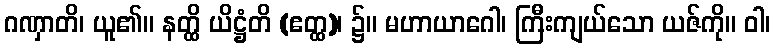
ဂဏှာတိ၊ ယူ၏။ နတ္ထိ ယိဋ္ဌံတိ (ဧတ္ထ)၊ ၌။ မဟာယာဂေါ၊ ကြီးကျယ်သော ယဇ်ကို။ ဝါ၊